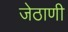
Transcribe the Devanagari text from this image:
जेठाणी